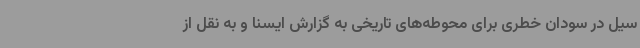
سیل در سودان خطری برای محوطه‌های تاریخی به گزارش ایسنا و به نقل از